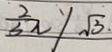
\frac { 2 } { 3 } \pi y \sqrt { 3 } .